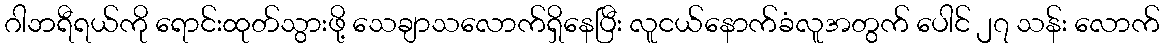
ဂါဘရီရယ်ကို ရောင်းထုတ်သွားဖို့ သေချာသလောက်ရှိနေပြီး လူငယ်နောက်ခံလူအတွက် ပေါင် ၂၇ သန်း လောက်